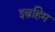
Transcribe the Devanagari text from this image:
इब्रहिम